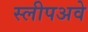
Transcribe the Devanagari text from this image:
स्लीपअवे